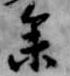
参